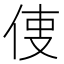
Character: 𠉕